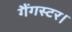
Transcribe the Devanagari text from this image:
गैंगस्टर।